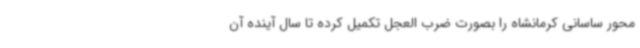
محور ساسانی کرمانشاه را بصورت ضرب العجل تکمیل کرده تا سال آینده آن